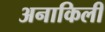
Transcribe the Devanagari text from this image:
अनाकिली